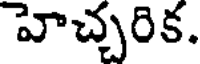
హెచ్చరిక.